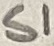
Text: S1